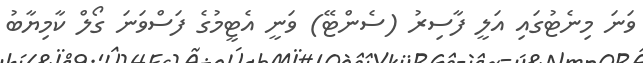
ވަނަ މިނެޓުގައި އަލީ ފާސިރު (ސެންޓޭ) ވަނީ އެޓީމުގެ ފަސްވަނަ ގޯލް ކާމިޔާބު